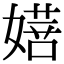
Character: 𭒔